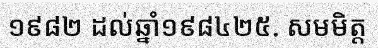
១៩៨២ ដល់ឆ្នាំ១៩៨៤២៥. សមមិត្ត